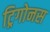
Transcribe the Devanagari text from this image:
ट्रिगोनस